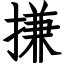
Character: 搛